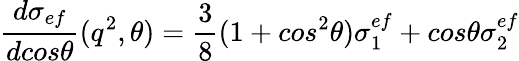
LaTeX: {\frac{d\sigma_{ef}}{dcos\theta}}(q^{2},\theta)={\frac{3}{8}}(1+cos^{2}\theta)\sigma_{1}^{ef}+cos\theta\sigma_{2}^{ef}